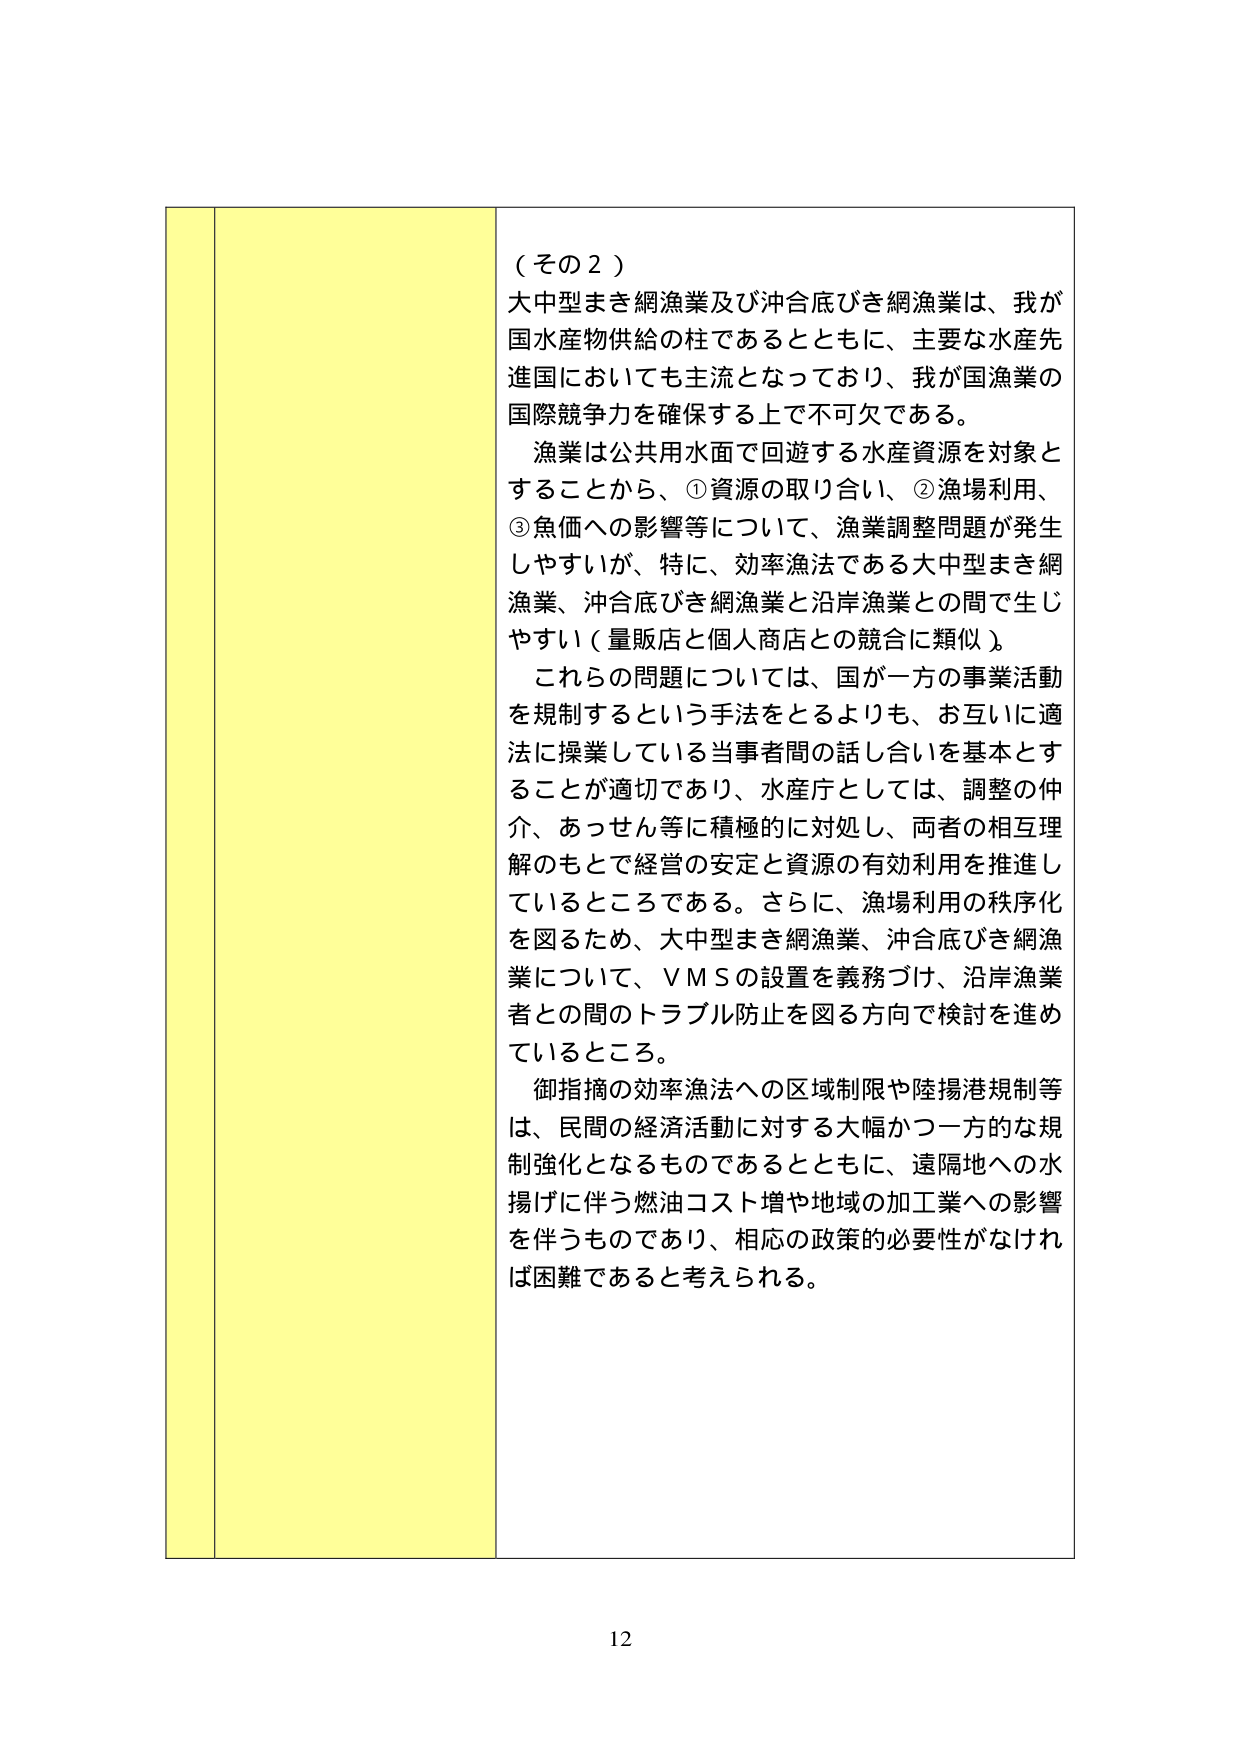
（その２）
大中型まき網漁業及び沖合底びき網漁業は、我が国水産物供給の柱であるとともに、主要な水産先進国においても主流となっており、我が国漁業の国際競争力を確保する上で不可欠である。
漁業は公共用水面で回遊する水産資源を対象とすることから、①資源の取り合い、②漁場利用、③魚価への影響等について、漁業調整問題が発生しやすいが、特に、効率漁法である大中型まき網漁業、沖合底びき網漁業と沿岸漁業との間で生じやすい（量販店と個人商店との競合に類似）。
これらの問題については、国が一方の事業活動を規制するという手法をとるよりも、お互いに適法に操業している当事者間の話し合いを基本とすることが適切であり、水産庁としては、調整の仲介、あっせん等に積極的に対処し、両者の相互理解のもとで経営の安定と資源の有効利用を推進しているところである。さらに、漁場利用の秩序化を図るため、大中型まき網漁業、沖合底びき網漁業について、ＶＭＳの設置を義務づけ、沿岸漁業者との間のトラブル防止を図る方向で検討を進めているところ。
御指摘の効率漁法への区域制限や陸揚港規制等は、民間の経済活動に対する大幅かつ一方的な規制強化となるものであるとともに、遠隔地への水揚げに伴う燃油コスト増や地域の加工業への影響を伴うものであり、相応の政策的必要性がなければ困難であると考えられる。

12